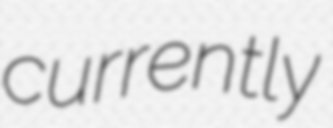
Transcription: currently